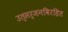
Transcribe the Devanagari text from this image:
उत्सर्जनविरहित